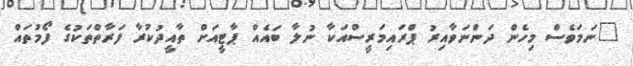
"ނަމަވެސް މިހެން ދަންނަވާއިރު ޕްރައިމަރީސްއަކާ ނުލާ ބައެއް ޕާޓީއަށް ތާއީދުކުރާ ފަރާތްތަކުގެ ފޯމުތައް